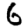
Digit: 6